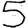
Digit: 5